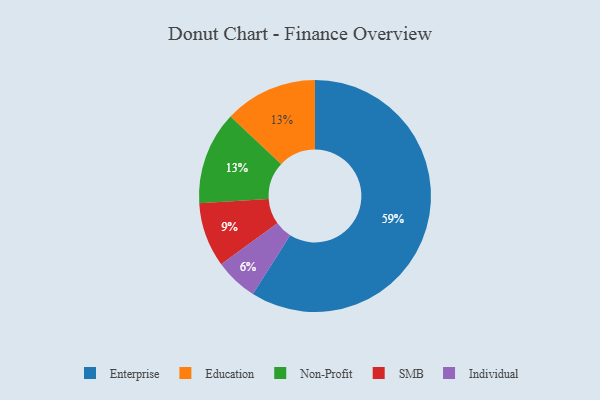
{"axis": {"x": "Category", "y": "Percentage"}, "legend": ["Education", "Enterprise", "Individual", "Non-Profit", "SMB"], "data": [{"x": "Education", "y": 13, "type": "Education"}, {"x": "Individual", "y": 6, "type": "Individual"}, {"x": "SMB", "y": 9, "type": "SMB"}, {"x": "Non-Profit", "y": 13, "type": "Non-Profit"}, {"x": "Enterprise", "y": 59, "type": "Enterprise"}]}